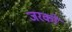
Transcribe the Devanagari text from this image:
जरको